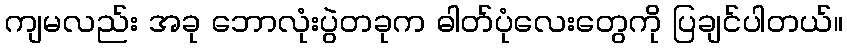
ကျမလည်း အခု ဘောလုံးပွဲတခုက ဓါတ်ပုံလေးတွေကို ပြချင်ပါတယ်။